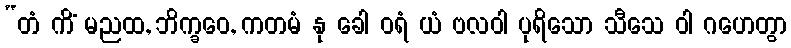
“တံ ကိံ မညထ, ဘိက္ခဝေ, ကတမံ နု ခေါ ဝရံ ယံ ဗလဝါ ပုရိသော သီသေ ဝါ ဂဟေတွာ